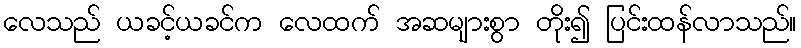
လေသည် ယခင့်ယခင်က လေထက် အဆများစွာ တိုး၍ ပြင်းထန်လာသည်။